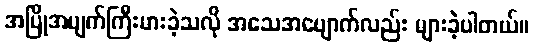
အပြိုအပျက်ကြီးမားခဲ့သလို အသေအပျောက်လည်း များခဲ့ပါတယ်။